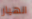
انهيار